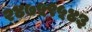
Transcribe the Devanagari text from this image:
२४७५९५४३